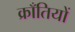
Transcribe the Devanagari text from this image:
क्राँतियों